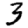
Digit: 3